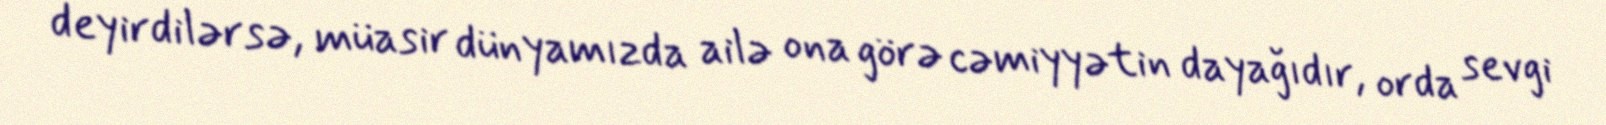
deyirdilərsə, müasir dünyamızda ailə ona görə cəmiyyətin dayağıdır, orda sevgi